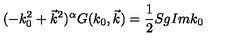
( - k _ { 0 } ^ { 2 } + \vec { k } ^ { 2 } ) ^ { \alpha } G ( k _ { 0 } , \vec { k } ) = \frac { 1 } { 2 } S g I m k _ { 0 }